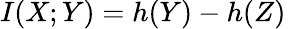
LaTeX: I(X;Y)=h(Y)-h(Z)\,